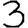
Digit: 3